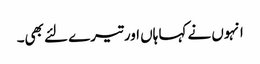
انہوں نے کہا ہاں اور تیرے لئے بھی۔